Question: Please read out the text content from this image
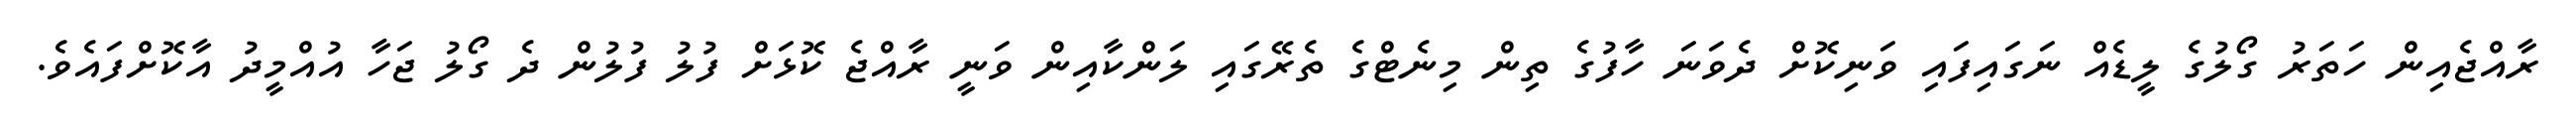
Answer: ރާއްޖެއިން ހަތަރު ގޯލުގެ ލީޑެއް ނަގައިފައި ވަނިކޮށް ދެވަނަ ހާފުގެ ތިން މިނެޓްގެ ތެރޭގައި ލަންކާއިން ވަނީ ރާއްޖެ ކޮޅަށް ފުލު ފުލުން ދެ ގޯލު ޖަހާ އުއްމީދު އާކޮށްފައެވެ.